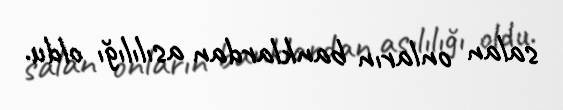
salan onların banklardan asılılığı oldu.